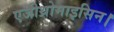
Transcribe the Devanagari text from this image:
एजीथ्रोमाइसिन।